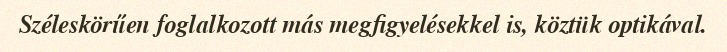
Széleskörűen foglalkozott más megfigyelésekkel is, köztük optikával.